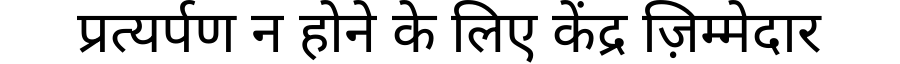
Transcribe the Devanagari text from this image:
प्रत्यर्पण न होने के लिए केंद्र ज़िम्मेदार